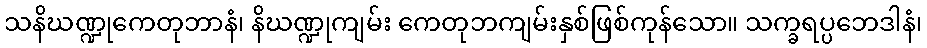
သနိဃဏ္ဍုကေတုဘာနံ၊ နိဃဏ္ဍုကျမ်း ကေတုဘကျမ်းနှစ်ဖြစ်ကုန်သော။ သက္ခရပ္ပဘေဒါနံ၊